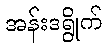
အန်းဒရွိုက်